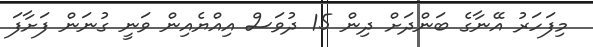
މިފަހަރު އޭނާގެ ބަންދަށް ދިން 15 ދުވަސް އިއްޔެއިން ވަނީ ގުނަން ފަށާފަ